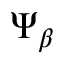
\Psi _ { \beta }